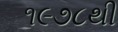
૧૯૭૮થી